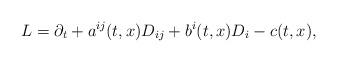
LaTeX: \begin{align*} L=\partial_{t}+a^{ij}(t,x)D_{ij}+b^{i}(t,x)D_{i}-c(t,x),\end{align*}